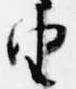
由